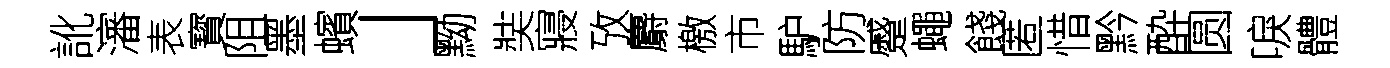
訛瀋表寳阻墨蠙」黝奘寢攷麝檄市馿防蹙蠅餞匿惜黔酔圆唳體